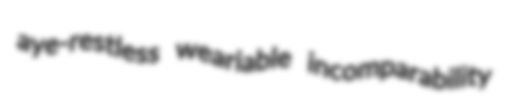
aye-restless weariable incomparability